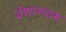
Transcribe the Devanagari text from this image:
ईशालयम